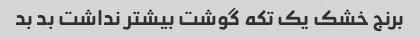
برنج خشک یک تکه گوشت بیشتر نداشت بد بد